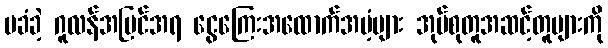
မခံခဲ့ ဂူလန်အမြင်အရ ငွေကြေးအထောက်အပံ့များ အုပ်စုတူအဆင့်တူများကို